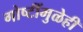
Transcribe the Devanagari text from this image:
गोष्टींमुळेही